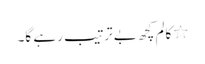
٭کالم کچھ بے ترتیب رہے گا۔